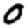
Digit: 0